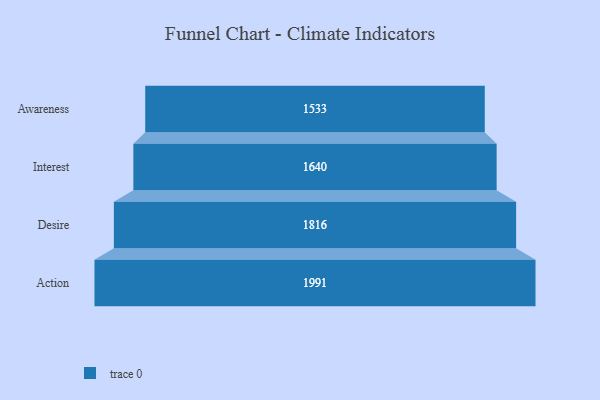
{"axis": {"x": "Stage", "y": "Value"}, "legend": [""], "data": [{"x": "Awareness", "y": 1533.0, "type": ""}, {"x": "Interest", "y": 1640.0, "type": ""}, {"x": "Desire", "y": 1816.0, "type": ""}, {"x": "Action", "y": 1991.0, "type": ""}]}